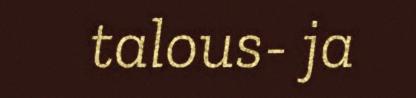
talous- ja